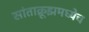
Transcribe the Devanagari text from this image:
सांताक्रूझमध्येच